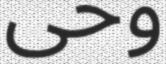
وحى